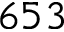
6 5 3